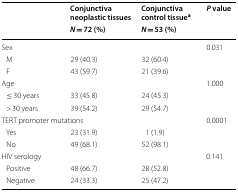
| <ROWSPAN=2>  | Conjunctiva neoplastic tissues | Conjunctiva control tissuea | <ROWSPAN=2> P value |
 | N = 72 (%) | N = 53 (%) |
 | --- | --- | --- | --- |
 | <COLSPAN=3> Sex | 0.031 |
 | M | 29 (40.3) | 32 (60.4) |  |
 | F | 43 (59.7) | 21 (39.6) |  |
 | <COLSPAN=3> Age | 1.000 |
 | ≤ 30 years | 33 (45.8) | 24 (45.3) |  |
 | > 30 years | 39 (54.2) | 29 (54.7) |  |
 | <COLSPAN=3> TERT promoter mutations | 0.0001 |
 | Yes | 23 (31.9) | 1 (1.9) |  |
 | No | 49 (68.1) | 52 (98.1) |  |
 | <COLSPAN=3> HIV serology | 0.141 |
 | Positive | 48 (66.7) | 28 (52.8) |  |
 | Negative | 24 (33.3) | 25 (47.2) |  |